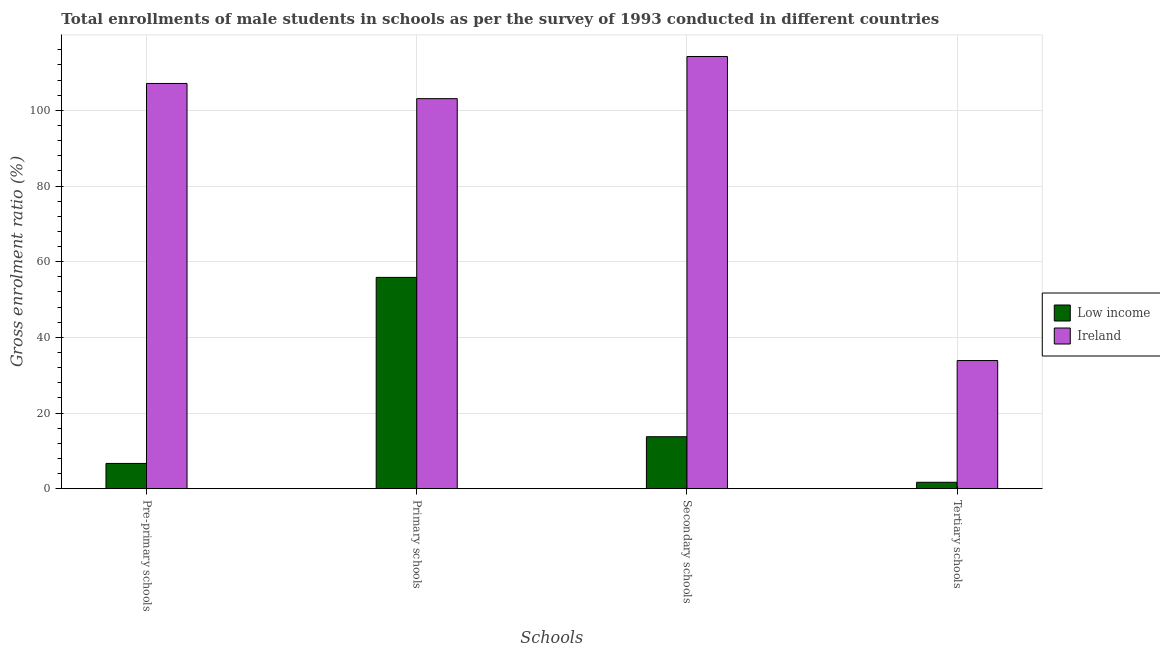
| Schools | Low income | Ireland |
 | --- | --- | --- |
 | Pre-primary schools | 6.67 | 107 |
 | Primary schools | 55.8 | 103 |
 | Secondary schools | 13.7 | 114 |
 | Tertiary schools | 1.69 | 33.9 |